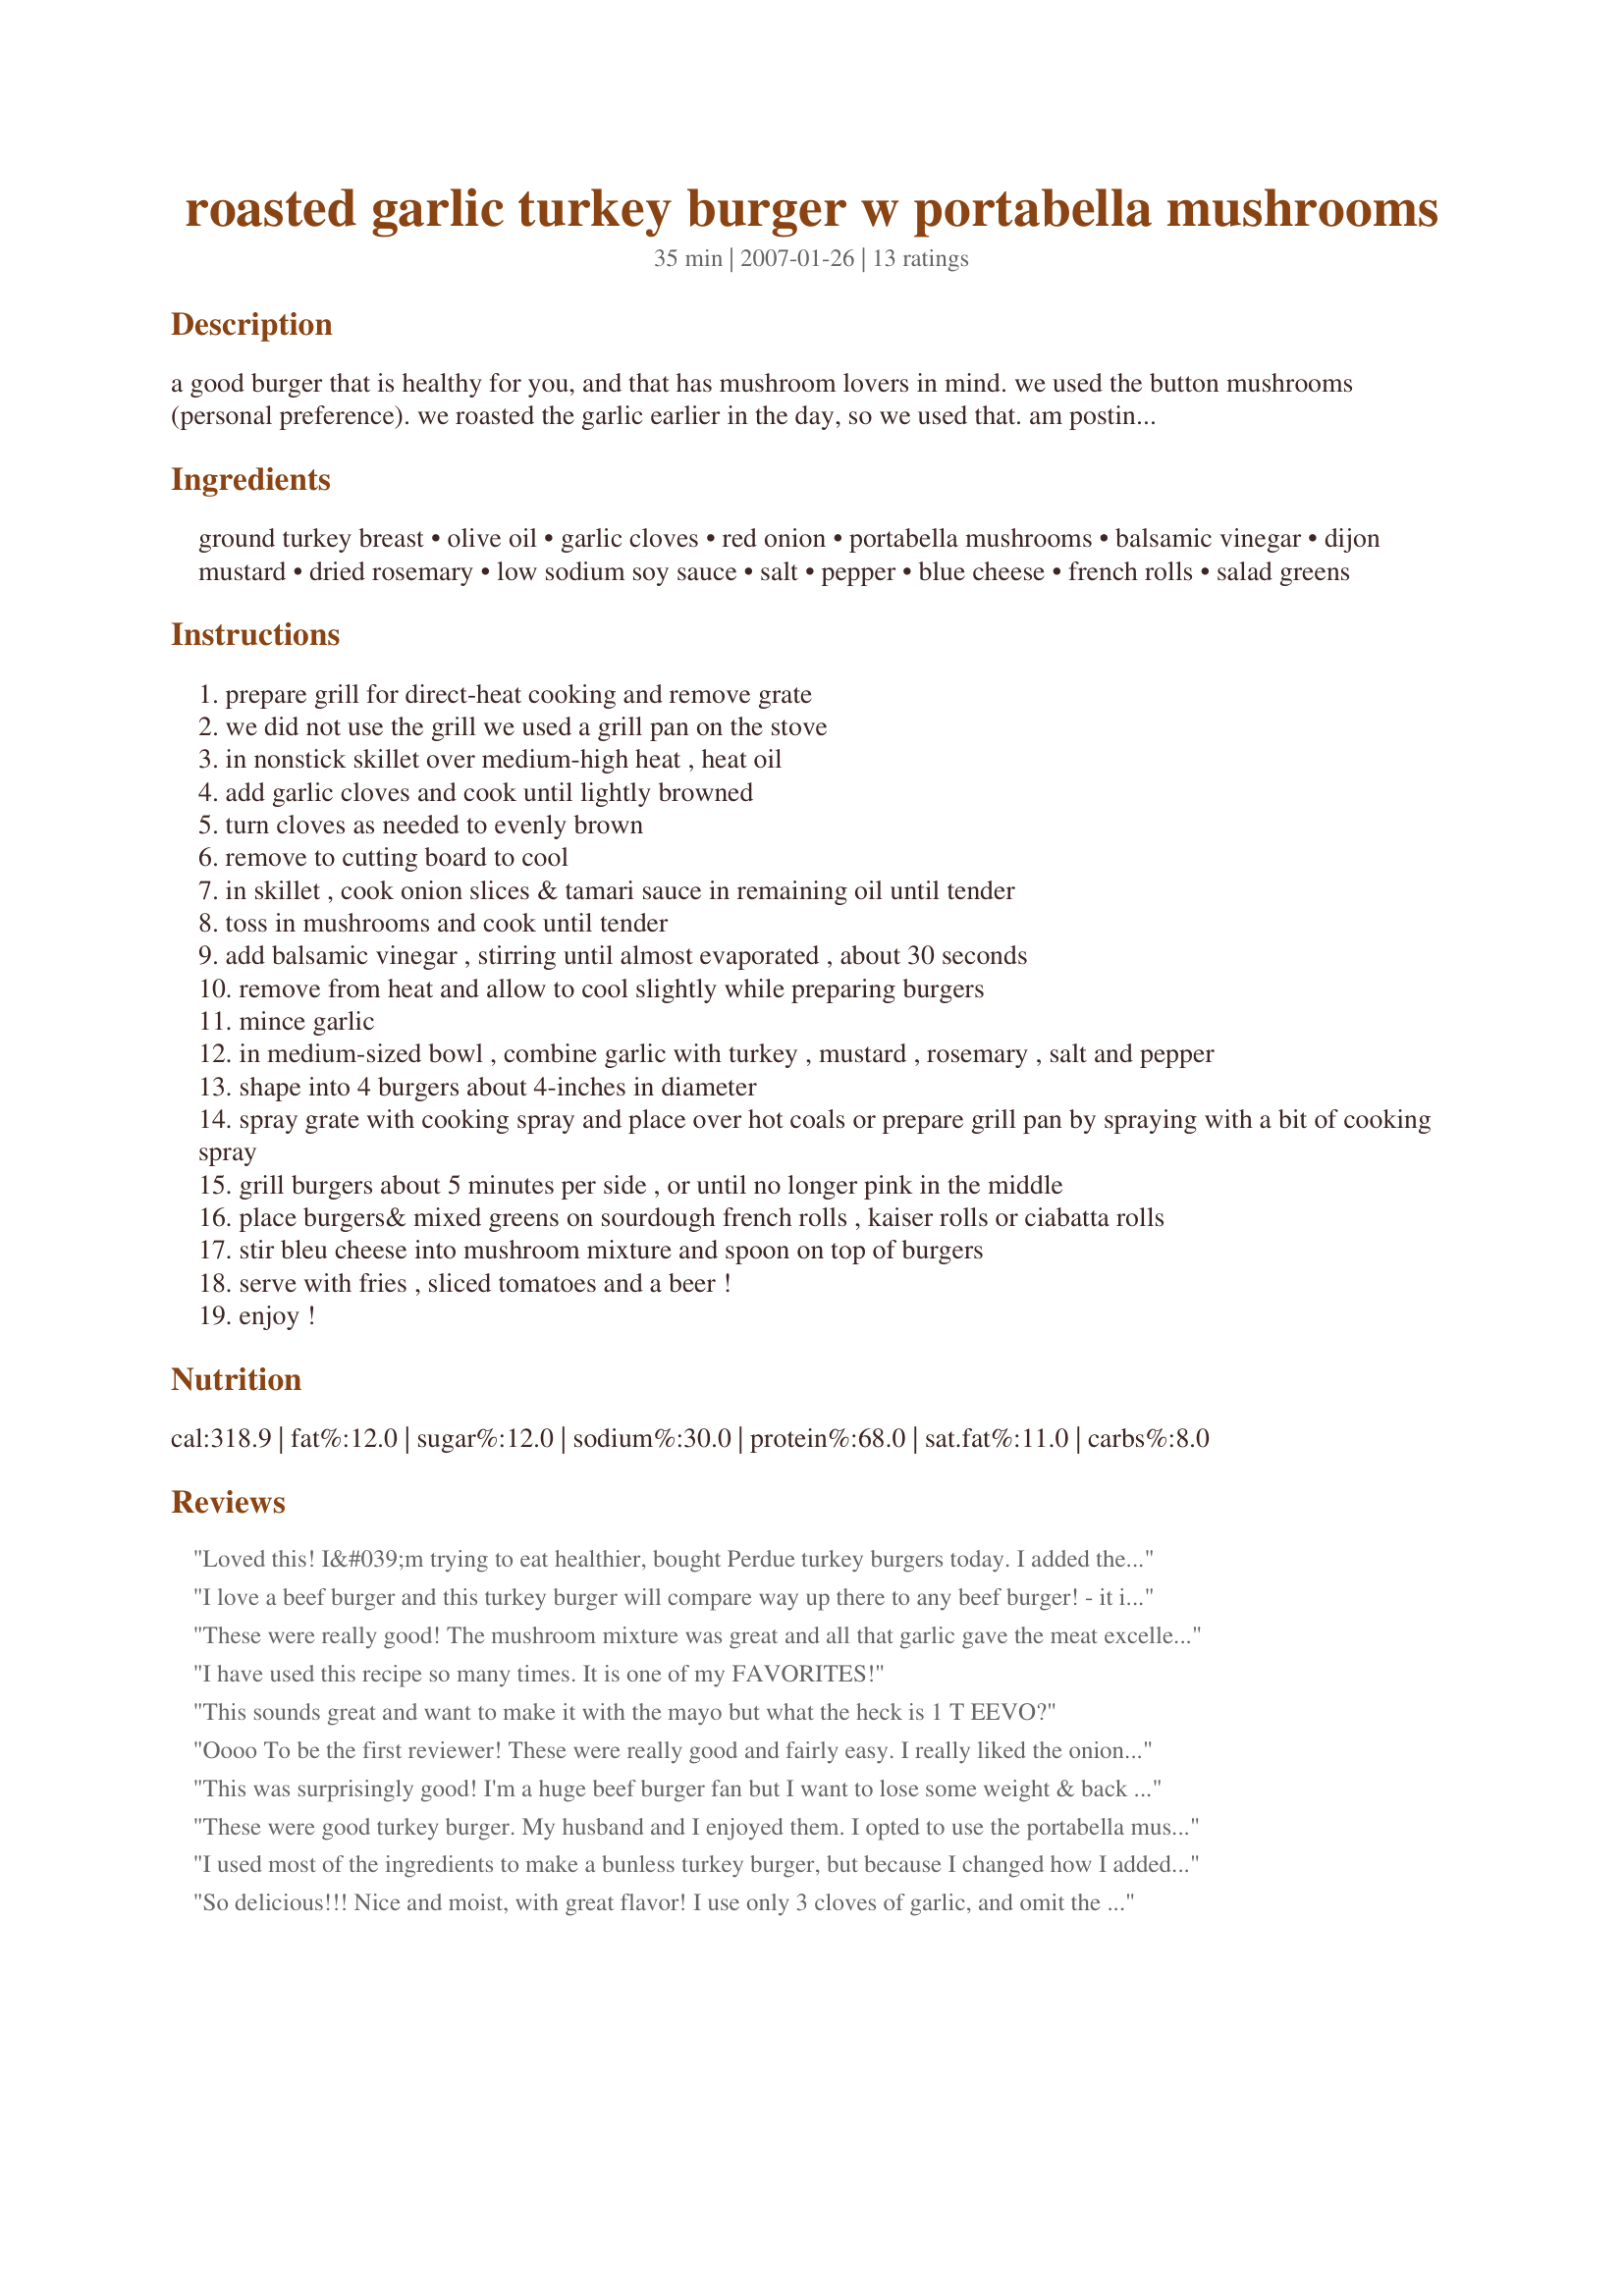
roasted garlic turkey burger w portabella mushrooms
Preparation time: 35 minutes

a good burger that is healthy for you, and that has mushroom lovers in mind. we used the button mushrooms (personal preference). we roasted the garlic earlier in the day, so we used that. am posting this as per request and i also have another friend in mind - eat hearty! update: 02/07/2011 - after trying these a couple of times i decided that a herbed horseradish mayonnaise would go well with it: 1/2 c mayo, 1 t prepared horseradish, 2 t parsley, basil or chives, 1 t eevo, a squeeze of fresh lemon juice and kosher salt and freshly ground pepper. stir it all together in a small bowl and use. this will make it more moist. hope you like it. :)

Ingredients:
ground turkey breast, olive oil, garlic cloves, red onion, portabella mushrooms, balsamic vinegar, dijon mustard, dried rosemary, low sodium soy sauce, salt, pepper, blue cheese, french rolls, salad greens

Steps:
prepare grill for direct-heat cooking and remove grate
we did not use the grill we used a grill pan on the stove
in nonstick skillet over medium-high heat , heat oil
add garlic cloves and cook until lightly browned
turn cloves as needed to evenly brown
remove to cutting board to cool
in skillet , cook onion slices & tamari sauce in remaining oil until tender
toss in mushrooms and cook until tender
add balsamic vinegar , stirring until almost evaporated , about 30 seconds
remove from heat and allow to cool slightly while preparing burgers
mince garlic
in medium-sized bowl , combine garlic with turkey , mustard , rosemary , salt and pepper
shape into 4 burgers about 4-inches in diameter
spray grate with cooking spray and place over hot coals or prepare grill pan by spraying with a bit of cooking spray
grill burgers about 5 minutes per side , or until no longer pink in the middle
place burgers& mixed greens on sourdough french rolls , kaiser rolls or ciabatta rolls
stir bleu cheese into mushroom mixture and spoon on top of burgers
serve with fries , sliced tomatoes and a beer !
enjoy !

Reviews:
Loved this! I&#039;m trying to eat healthier, bought Perdue turkey burgers today. I added the garlic &amp; mustard to the mushrooms &amp; onions in the tamari &amp; balsamic, and woo boy the mixture, on top of the burger, was so delicious. Thanks for posting this recipe!
I love a beef burger and this turkey burger will compare way up there to any beef burger! - it is loaded with flavor. I used white mushrooms, tamari and a kaiser roll. I cut the recipe back to one burger - no problem. The amount of blue cheese is just right don't over do it.. Great combination of flavor additives. This is a keeper for sure Thanks DIScharf for posting.
These were really good! The mushroom mixture was great and all that garlic gave the meat excellent flavor. We served them on sandwich thins. We will definitely make these again!
I have used this recipe so many times. It is one of my FAVORITES!
This sounds great and want to make it with the mayo but what the heck is 1 T EEVO?
Oooo To be the first reviewer! These were really good and fairly easy. I really liked the onion/mushroom mixture with the balsamic, it really made the burger seem special. And the roasted garlic in the burger was great! I followed the recipe except that I didnt use the blue cheese, we each just put a cheese on that we wanted (fat free swiss for me, peppercheck for the boys). I'll certainly be making these again! Thanks!
This was surprisingly good! I'm a huge beef burger fan but I want to lose some weight & back off of the red meat a bit. So my fiance & I were trying turkey burgers for the first time. What a great way to kickoff a healthy new eating habit! I did make a few changes but based on what I had available/preference; skipped the mushrooms & bleu cheese since we were out, used a nice bordeaux instead of the balsamic (too strong for my liking) & used spicey brown mustard instead of dijon. We ate them w/sliced colby jack cheese & it was fantastic! Next time I'll try them w/the bleu cheese & mushrooms :D
These were good turkey burger. My husband and I enjoyed them. I opted to use the portabella mushrooms, and some whole grain ciabatta rolls. The only thing for us that keeps these from a five star review is that they were a bit dry, and could maybe have used some sort of herb mayo or something on the top roll.
I used most of the ingredients to make a bunless turkey burger, but because I changed how I added them I don't feel it's fair to rate based on my preparation. I had frozen turkey burgers in my freezer,so added the ingredients that were supposed to go in the meat to the mushrooms. I then topped the burger with the blue cheese and put the mushroom mixture over it. This was very good and I would probably make it again.
So delicious!!! Nice and moist, with great flavor! I use only 3 cloves of garlic, and omit the rosemary and the recipe is still fantastic. Top it with the mushrooms and onions as well as cheddar cheese and it is perfect! Thanks for a wonderful turkey burger recipe!!
simple recipe, tasty burger. will definitely make again.
I liked everything about these sandwiches, but I am still trying to really like turkey burgers better than beef. The mushroom, onion, blue cheese toppings were great and I highly recommend using the ciabatta rolls. I will be making these again!
This was very tasty. I modified the recipe a little bit mixing the cooked mushrooms into my turkey burger. It was very good.
